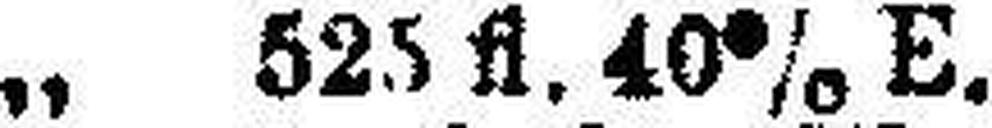
„ „ 525 fl. 40% E.